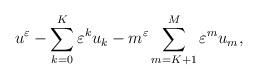
LaTeX: \begin{align*}u^{\varepsilon}-\sum_{k=0}^{K}\varepsilon^{k}u_{k}-m^{\varepsilon}\sum_{m=K+1}^{M}\varepsilon^{m}u_{m},\end{align*}